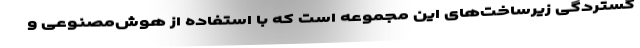
گستردگی زیرساخت‌های این مجموعه است که با استفاده از هوش‌مصنوعی و